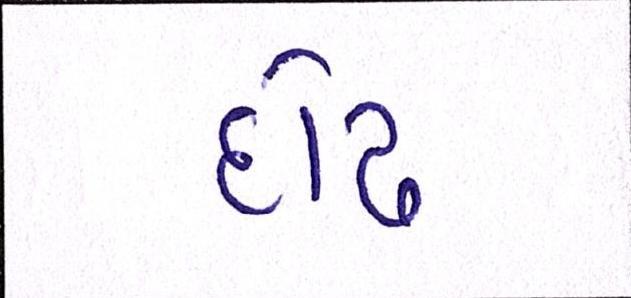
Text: દોઢ